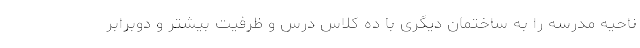
ناحیه مدرسه را به ساختمان دیگری با ده کلاس درس و ظرفیت بیشتر و دوبرابر